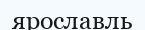
ярославль